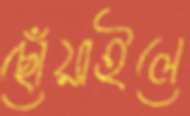
ছোঁয়াইলে